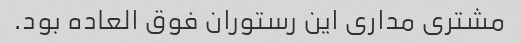
مشتری مداری این رستوران فوق العاده بود.